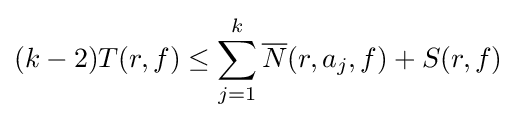
(k-2)T(r,f)\leq \sum _{j=1}^{k}{\overline {N}}(r,a_{j},f)+S(r,f)